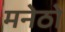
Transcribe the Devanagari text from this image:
मनेठो